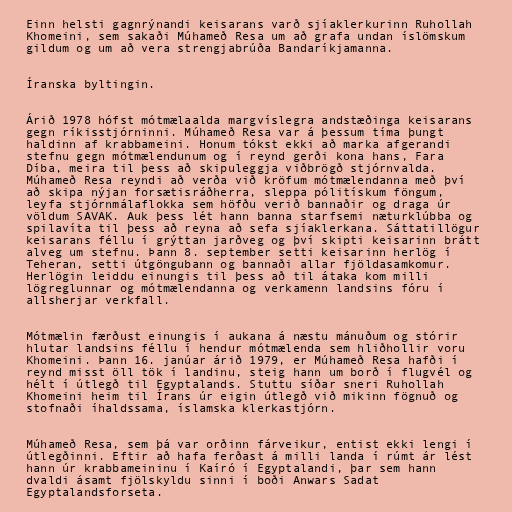
Einn helsti gagnrýnandi keisarans varð sjíaklerkurinn Ruhollah
Khomeini, sem sakaði Múhameð Resa um að grafa undan íslömskum
gildum og um að vera strengjabrúða Bandaríkjamanna.

Íranska byltingin.

Árið 1978 hófst mótmælaalda margvíslegra andstæðinga keisarans
gegn ríkisstjórninni. Múhameð Resa var á þessum tíma þungt
haldinn af krabbameini. Honum tókst ekki að marka afgerandi
stefnu gegn mótmælendunum og í reynd gerði kona hans, Fara
Díba, meira til þess að skipuleggja viðbrögð stjórnvalda.
Múhameð Resa reyndi að verða við kröfum mótmælendanna með því
að skipa nýjan forsætisráðherra, sleppa pólitískum föngum,
leyfa stjórnmálaflokka sem höfðu verið bannaðir og draga úr
völdum SAVAK. Auk þess lét hann banna starfsemi næturklúbba og
spilavíta til þess að reyna að sefa sjíaklerkana. Sáttatillögur
keisarans féllu í grýttan jarðveg og því skipti keisarinn brátt
alveg um stefnu. Þann 8. september setti keisarinn herlög í
Teheran, setti útgöngubann og bannaði allar fjöldasamkomur.
Herlögin leiddu einungis til þess að til átaka kom milli
lögreglunnar og mótmælendanna og verkamenn landsins fóru í
allsherjar verkfall.

Mótmælin færðust einungis í aukana á næstu mánuðum og stórir
hlutar landsins féllu í hendur mótmælenda sem hliðhollir voru
Khomeini. Þann 16. janúar árið 1979, er Múhameð Resa hafði í
reynd misst öll tök í landinu, steig hann um borð í flugvél og
hélt í útlegð til Egyptalands. Stuttu síðar sneri Ruhollah
Khomeini heim til Írans úr eigin útlegð við mikinn fögnuð og
stofnaði íhaldssama, íslamska klerkastjórn.

Múhameð Resa, sem þá var orðinn fárveikur, entist ekki lengi í
útlegðinni. Eftir að hafa ferðast á milli landa í rúmt ár lést
hann úr krabbameininu í Kaíró í Egyptalandi, þar sem hann
dvaldi ásamt fjölskyldu sinni í boði Anwars Sadat
Egyptalandsforseta.